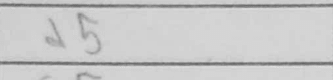
Transcription: d5